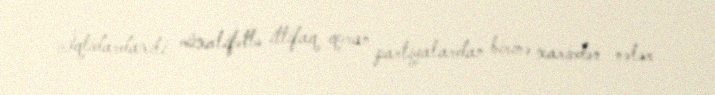
İqtidardaxili müxalifətlə ittifaq quran partiyalardan birinə xaricdən nələr